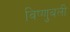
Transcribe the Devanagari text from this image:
विष्णुबली